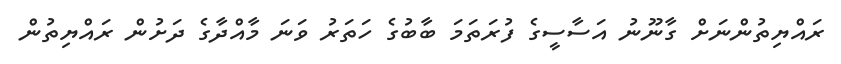
ރައްޔިތުންނަށް ގާނޫނު އަސާސީގެ ފުރަތަމަ ބާބުގެ ހަތަރު ވަނަ މާއްދާގެ ދަށުން ރައްޔިތުން